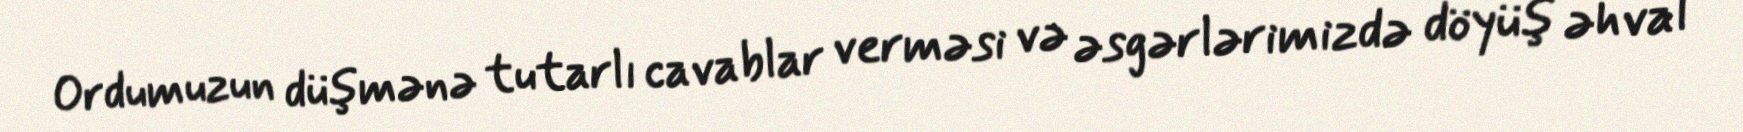
Ordumuzun düşmənə tutarlı cavablar verməsi və əsgərlərimizdə döyüş əhval